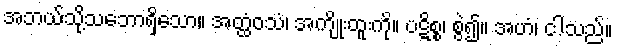
အဘယ်သို့သဘောရှိသော။ အတ္ထံဝသံ၊ အကျိုးထူးကို။ ပဋိစ္စ၊ စွဲ၍။ အဟံ၊ ငါသည်။